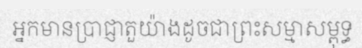
អ្នកមានប្រាជ្ញាតួយ៉ាងដូចជាព្រះសម្មាសម្ពុទ្ធ